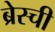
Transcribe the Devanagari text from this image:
ब्रेस्ची